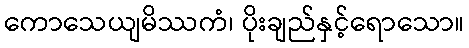
ကောသေယျမိဿကံ၊ ပိုးချည်နှင့်ရောသော။